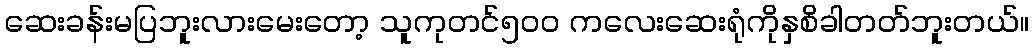
ဆေးခန်းမပြဘူးလားမေးတော့ သူကုတင်၅၀၀ ကလေးဆေးရုံကိုနှစိခါတတ်ဘူးတယ်။